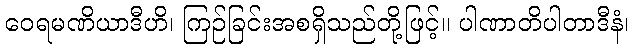
ဝေရမဏိယာဒီဟိ၊ ကြဉ်ခြင်းအစရှိသည်တို့ဖြင့်။ ပါဏာတိပါတာဒီနံ၊